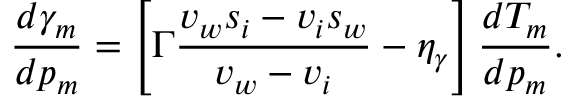
\frac { d \gamma _ { m } } { d p _ { m } } = \left[ \Gamma \frac { v _ { w } s _ { i } - v _ { i } s _ { w } } { v _ { w } - v _ { i } } - \eta _ { \gamma } \right] \frac { d T _ { m } } { d p _ { m } } .